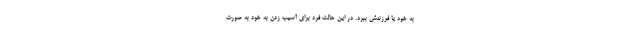
به خود یا فرزندش ببرد. در این حالت فرد برای آسیب زدن به خود به صورت